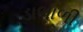
ડાભાળી